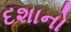
દશાનો